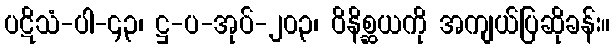
ပဋိသံ-ပါ-၄၃၊ ဋ္ဌ-ပ-အုပ်-၂၀၃၊ ဝိနိစ္ဆယကို အကျယ်ပြဆိုခန်း။